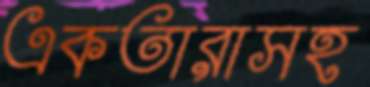
একতারাসহ